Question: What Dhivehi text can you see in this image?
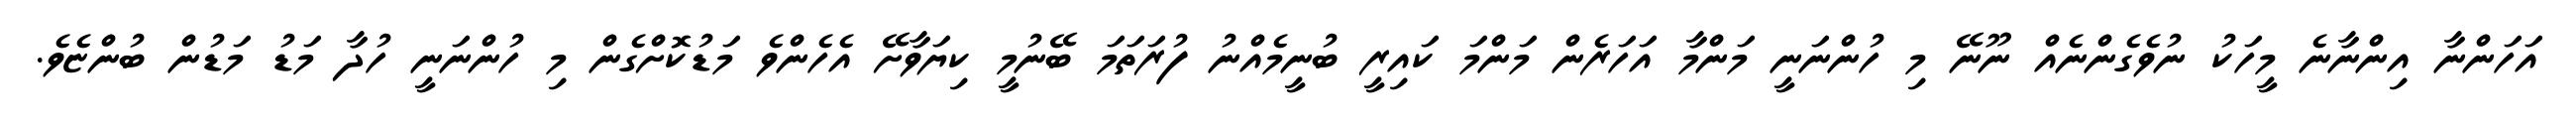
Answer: އަހަންނާ އިންނާނެ މީހަކު ނުވެގެންނެއް ނޫނޭ މި ހުންނަނީ މަންމާ އަހަރެން މަންމަ ކައިރީ ބުނީމެއްނު ފުރަތަމަ ބޭނުމީ ކިޔަވާށޭ އެހެންވެ މަޑުކޮށްގެން މި ހުންނަނީ ހުދާ މަޑު މަޑުން ބުންޏެވެ.